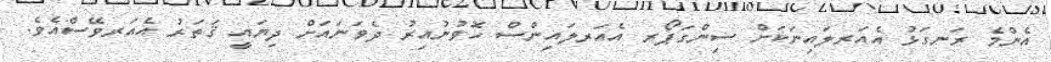
އެންމެ ރަނގަޅު އެއަރލައިނަކަށް ސިންގަޕޯރ އެއަރލައިންސް ހޮވުނުއިރު ދެވަނައަށް ދިޔައީ ޤަތަރު އެއަރވޭސްއެވެ.